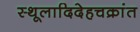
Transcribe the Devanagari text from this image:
स्थूलादिदेहचक्रांत